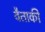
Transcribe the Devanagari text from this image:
वैताकी